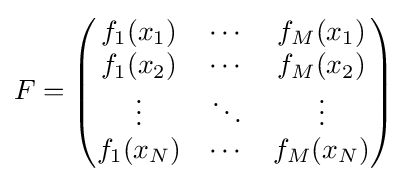
{F}={\begin{pmatrix}f_{1}(x_{1})&\cdots &f_{M}(x_{1})\\f_{1}(x_{2})&\cdots &f_{M}(x_{2})\\\vdots &\ddots &\vdots \\f_{1}(x_{N})&\cdots &f_{M}(x_{N})\\\end{pmatrix}}